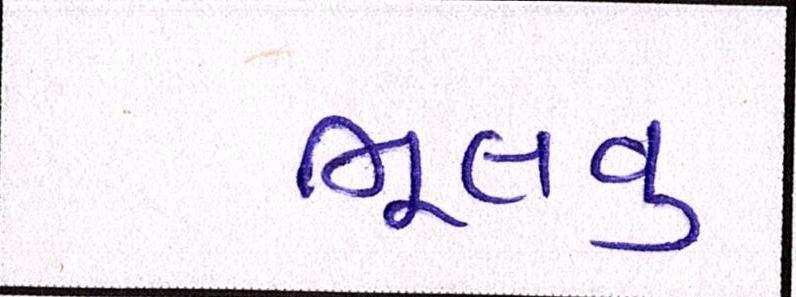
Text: ભૂલવુ